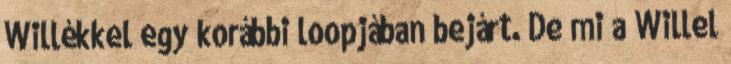
Willékkel egy korábbi loopjában bejárt. De mi a Willel